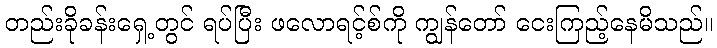
တည်းခိုခန်းရှေ့တွင် ရပ်ပြီး ဖလောရင့်စ်ကို ကျွန်တော် ငေးကြည့်နေမိသည်။